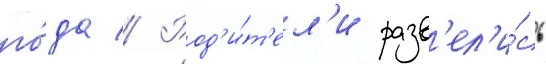
го́да // Род'и́т'ел'и разв'ел'и́сь